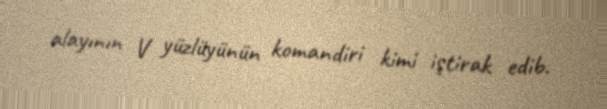
alayının V yüzlüyünün komandiri kimi iştirak edib.